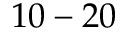
1 0 - 2 0